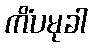
ကိံပမုခါ